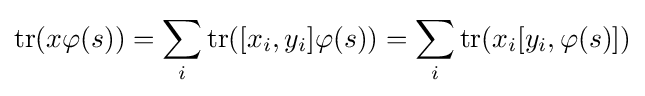
\operatorname {tr} (x\varphi (s))=\sum _{i}\operatorname {tr} ([x_{i},y_{i}]\varphi (s))=\sum _{i}\operatorname {tr} (x_{i}[y_{i},\varphi (s)])